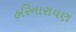
હરિનારાયણ